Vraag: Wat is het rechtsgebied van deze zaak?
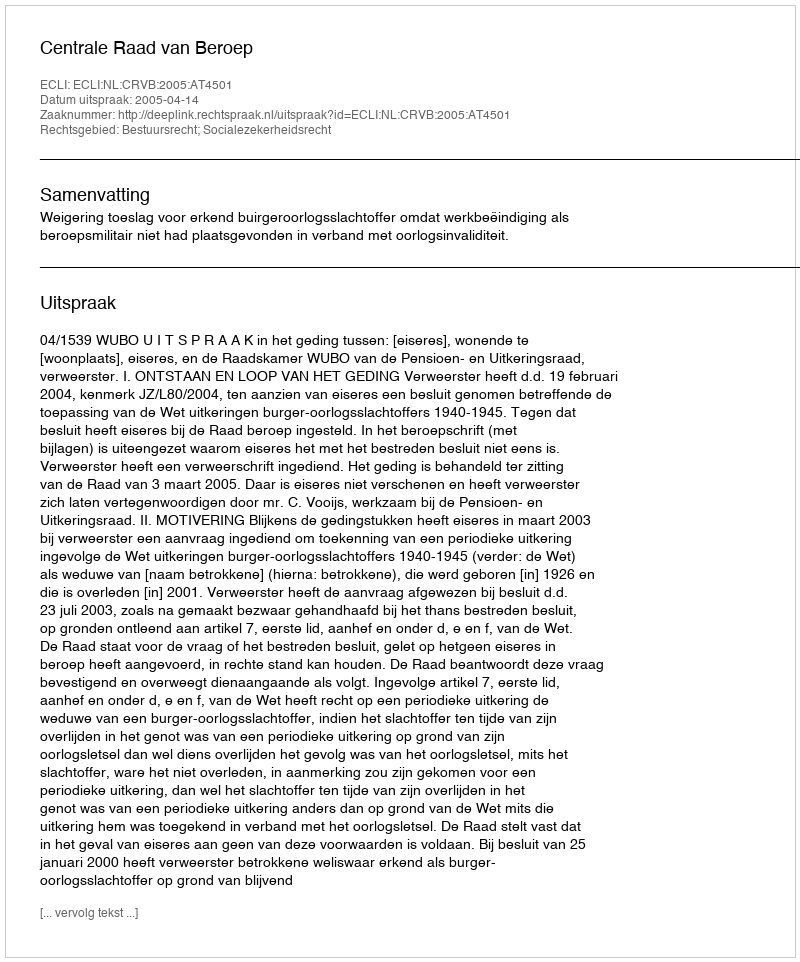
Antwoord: Bestuursrecht; Socialezekerheidsrecht